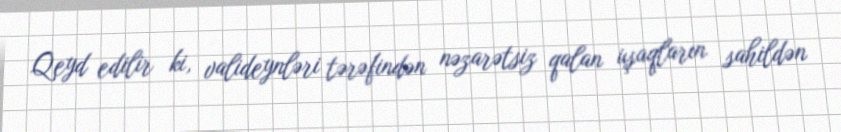
Qeyd edilir ki, valideynləri tərəfindən nəzarətsiz qalan uşaqların sahildən